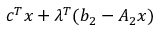
c ^ { T } x + \lambda ^ { T } ( b _ { 2 } - A _ { 2 } x )